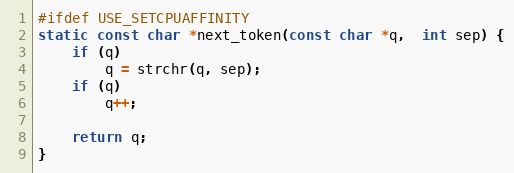
Language: C
#ifdef USE_SETCPUAFFINITY
static const char *next_token(const char *q,  int sep) {
    if (q)
        q = strchr(q, sep);
    if (q)
        q++;

    return q;
}